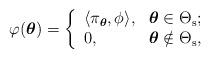
LaTeX: \begin{align*}\varphi(\boldsymbol{\theta})=\left\{ \begin{array}{ll} \langle\pi_{\boldsymbol{\theta}},\phi\rangle, & \hbox{$\boldsymbol{\theta}\in\Theta_{\rm s}$;} \\ 0, & \hbox{$\boldsymbol{\theta}\notin\Theta_{\rm s}$,} \end{array} \right.\end{align*}